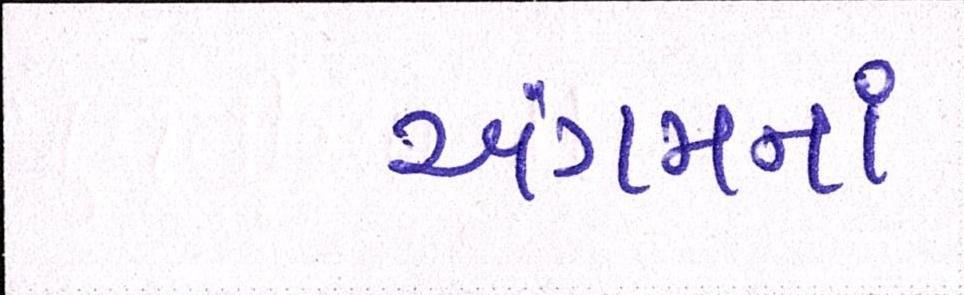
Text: અંગમનાં